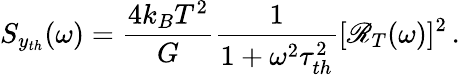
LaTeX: S_{y_{th}}(\omega)=\frac{4k_{B}T^{2}}{G}\frac{1}{1+\omega^{2}\tau_{th}^{2}}[\mathscr{R}_{T}(\omega)]^{2}\, .